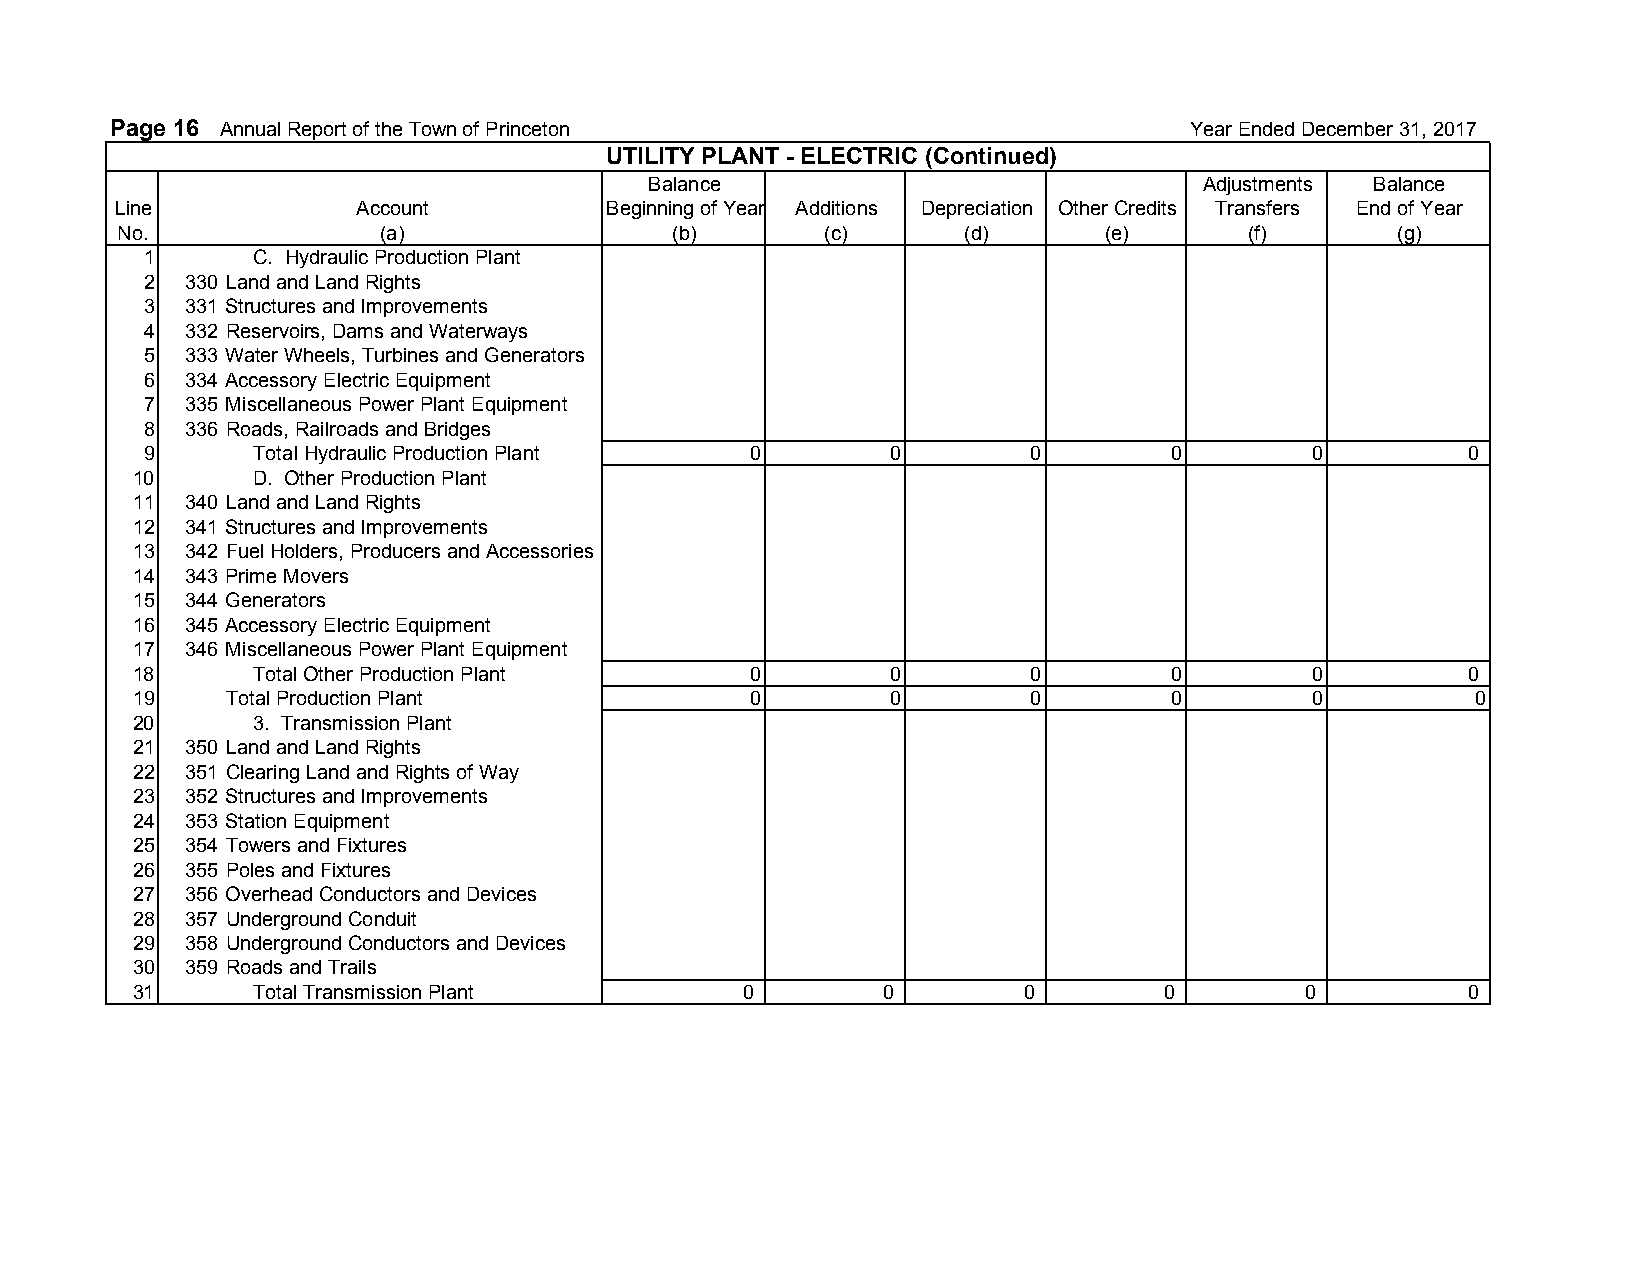
Page 16 Annual Report of the Town of Princeton                          Year Ended December 31, 2017
 UTILITY PLANT - ELECTRIC (Continued)
 Balance                              Adjustments Balance
 Line            Account         Beginning of Year Additions Depreciation Other Credits Transfers End of Year
 No.              (a)                (b)        (c)      (d)      (e)       (f)      (g)
 1      C. Hydraulic Production Plant
 2 330 Land and Land Rights
 3 331 Structures and Improvements
 4 332 Reservoirs, Dams and Waterways
 5 333 Water Wheels, Turbines and Generators
 6 334 Accessory Electric Equipment
 7 335 Miscellaneous Power Plant Equipment
 8 336 Roads, Railroads and Bridges
 9      Total Hydraulic Production Plant 0        0        0         0        0         0
 10      D. Other Production Plant
 11 340 Land and Land Rights
 12 341 Structures and Improvements
 13 342 Fuel Holders, Producers and Accessories
 14 343 Prime Movers
 15 344 Generators
 16 345 Accessory Electric Equipment
 17 346 Miscellaneous Power Plant Equipment
 18      Total Other Production Plant     0        0        0         0        0         0
 19    Total Production Plant             0        0        0         0        0          0
 20      3. Transmission Plant
 21 350 Land and Land Rights
 22 351 Clearing Land and Rights of Way
 23 352 Structures and Improvements
 24 353 Station Equipment
 25 354 Towers and Fixtures
 26 355 Poles and Fixtures
 27 356 Overhead Conductors and Devices
 28 357 Underground Conduit
 29 358 Underground Conductors and Devices
 30 359 Roads and Trails
 31      Total Transmission Plant        0        0         0        0        0          0